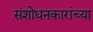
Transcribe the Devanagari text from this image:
संशोधनकारांच्या